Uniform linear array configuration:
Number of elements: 24
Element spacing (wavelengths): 0.25
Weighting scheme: kaiser
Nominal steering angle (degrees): -30
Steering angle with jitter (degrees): -30.056
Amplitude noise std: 0.05
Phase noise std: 0.05

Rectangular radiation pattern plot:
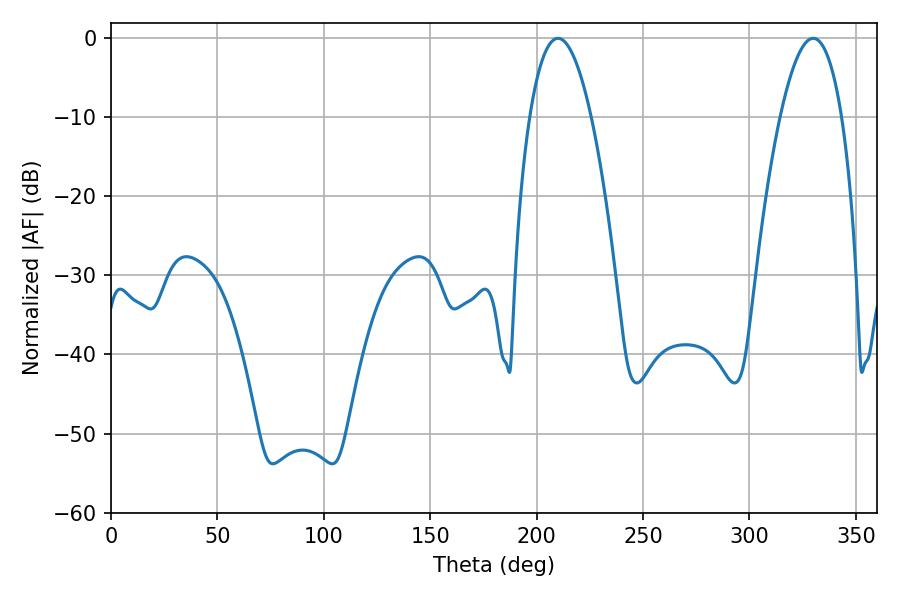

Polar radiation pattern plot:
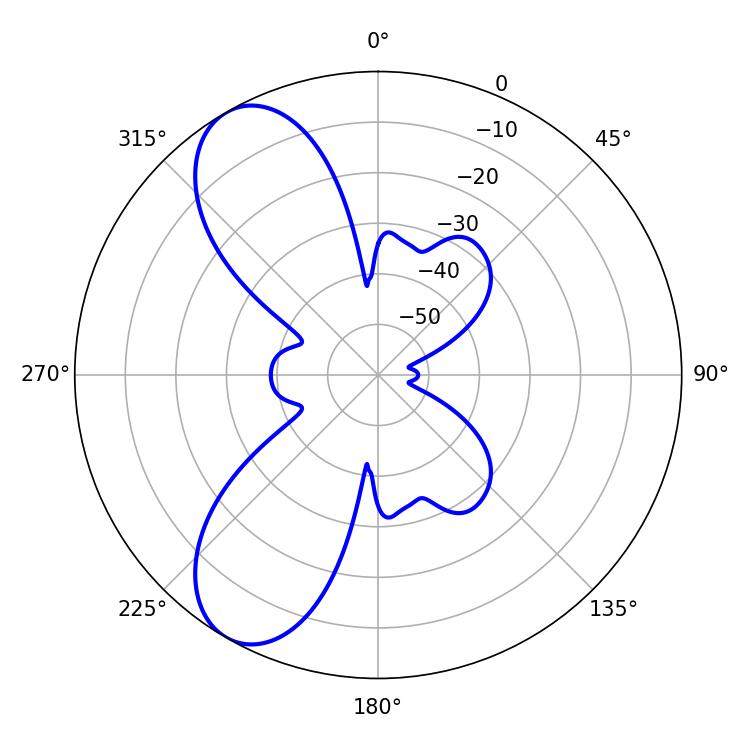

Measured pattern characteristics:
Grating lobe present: FALSE
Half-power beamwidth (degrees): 16.02
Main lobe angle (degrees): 210.06